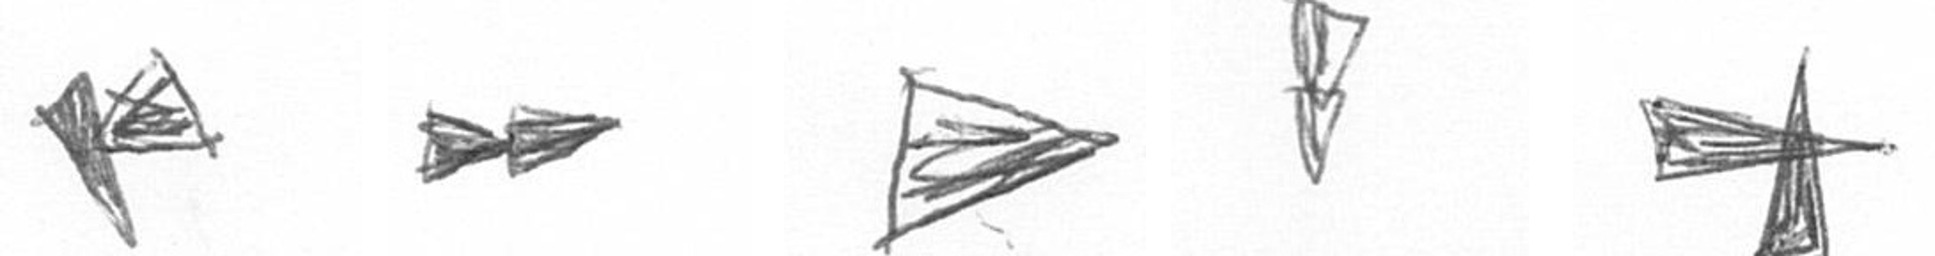
F A T Z G